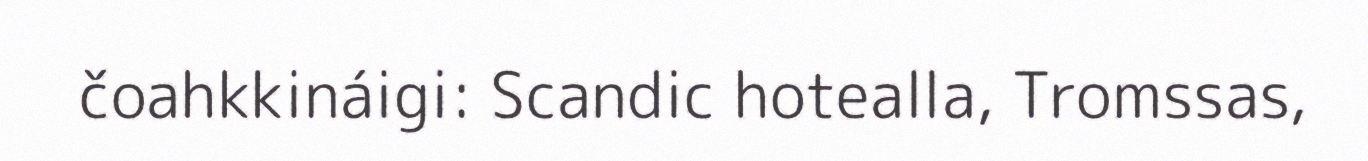
čoahkkináigi: Scandic hotealla, Tromssas,